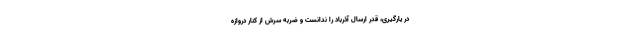
در یارگیری، قدر ارسال آذرباد را ندانست و ضربه‌ سرش از کنار دروازه